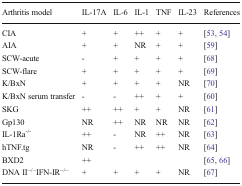
| Arthritis model | IL-17A | IL-6 | IL-1 | TNF | IL-23 | References |
 | --- | --- | --- | --- | --- | --- | --- |
 | CIA | + | + | ++ | + | + | [53, 54] |
 | AIA | + | + | NR | + | + | [59] |
 | SCW-acute | - | + | + | + | + | [68] |
 | SCW-flare | + | + | + | + | + | [69] |
 | K/BxN | + | + | + | + | NR | [70] |
 | K/BxN serum transfer | - | - | ++ | + | + | [60] |
 | SKG | ++ | ++ | + | + | NR | [61] |
 | Gp130 | NR | ++ | NR | NR | NR | [62] |
 | IL-1Ra-/- | ++ | - | NR | ++ | NR | [63] |
 | hTNF.tg | NR | - | ++ | ++ | NR | [64] |
 | BXD2 | ++ |  |  |  |  | [65, 66] |
 | DNA II−/−IFN-IR−/− | + | + | + | + | NR | [67] |